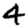
Digit: 4